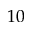
1 0